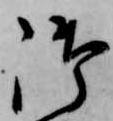
御